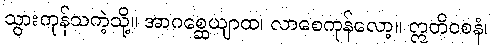
သွားကုန်သကဲ့သို့။ အာဂစ္ဆေယျာထ၊ လာစေကုန်လော့။ ဣတိဝစနံ၊